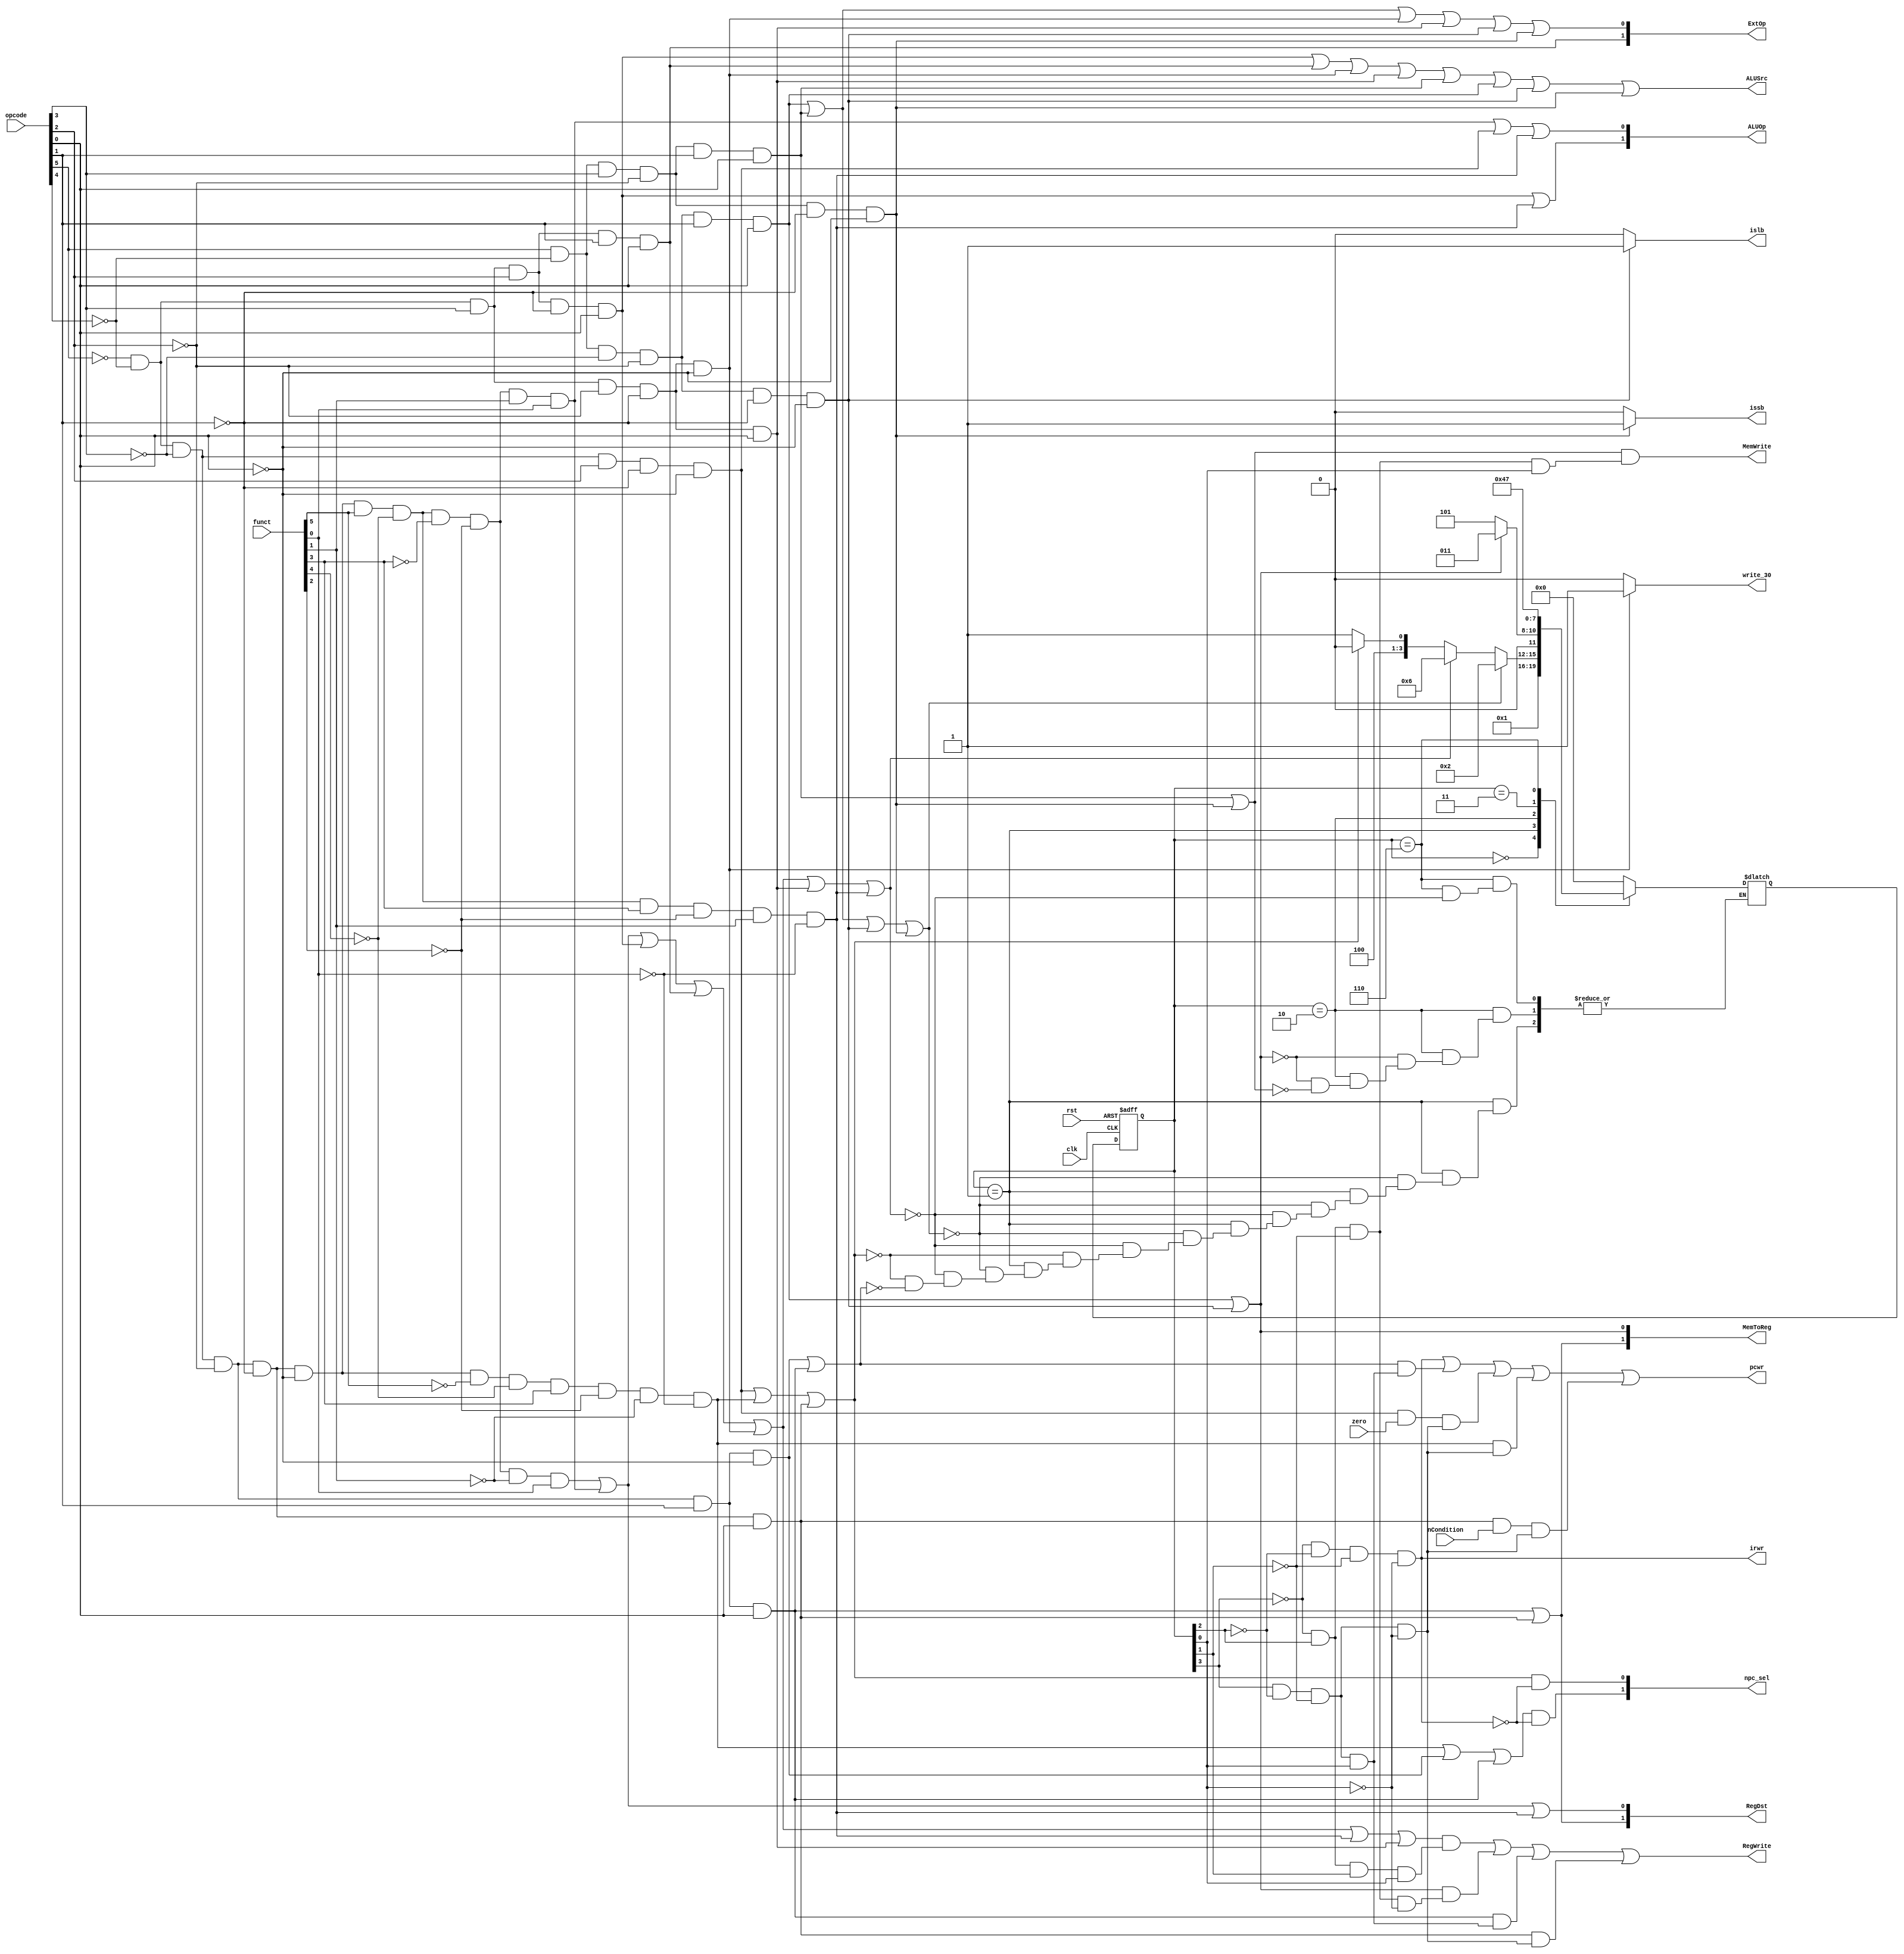
module controller(clk, rst, opcode, funct, zero, RegDst, RegWrite, ALUSrc, MemToReg, MemWrite, npc_sel, ALUOp, ExtOp, write_30, pcwr, irwr, islb, issb, nCondition);
  input clk, rst;
  input [5:0] opcode, funct;
  input zero;
  input nCondition;
  output [1:0] RegDst, MemToReg, npc_sel, ALUOp, ExtOp;
  output RegWrite, ALUSrc, MemWrite, write_30, pcwr, irwr;
  output islb, issb;
  
  parameter [3:0] S0 = 4'b0000;
  parameter [3:0] S1 = 4'b0001;
  parameter [3:0] S2 = 4'b0010;
  parameter [3:0] S3 = 4'b0011;
  parameter [3:0] S4 = 4'b0100;
  parameter [3:0] S5 = 4'b0101;
  parameter [3:0] S6 = 4'b0110;
  parameter [3:0] S7 = 4'b0111;
  parameter [3:0] S8 = 4'b1000;
  parameter [3:0] S9 = 4'b1001;
  // big and
  // funct[5] & funct[4] & funct[3] & funct[2] & funct[1] & funct[0];
  // opcode[5] & opcode[4] & opcode[3] & opcode[2] & opcode[1] & opcode[0];
  wire Rtype = ~opcode[5] & ~opcode[4] & ~opcode[3] & ~opcode[2] & ~opcode[1] & ~opcode[0];
  wire addu = Rtype & funct[5] & ~funct[4] & ~funct[3] & ~funct[2] & ~funct[1] & funct[0];
  wire subu = Rtype & funct[5] & ~funct[4] & ~funct[3] & ~funct[2] & funct[1] & funct[0];
  wire slt = Rtype & funct[5] & ~funct[4] & funct[3] & ~funct[2] & funct[1] & ~funct[0];
  wire jr = Rtype & ~funct[5] & ~funct[4] & funct[3] & ~funct[2] & ~funct[1] & ~funct[0];
  wire ori = ~opcode[5] & ~opcode[4] & opcode[3] & opcode[2] & ~opcode[1] & opcode[0];
  wire lw = opcode[5] & ~opcode[4] & ~opcode[3] & ~opcode[2] & opcode[1] & opcode[0];
  wire sw = opcode[5] & ~opcode[4] & opcode[3] & ~opcode[2] & opcode[1] & opcode[0];
  wire beq = ~opcode[5] & ~opcode[4] & ~opcode[3] & opcode[2] & ~opcode[1] & ~opcode[0];
  wire lui = ~opcode[5] & ~opcode[4] & opcode[3] & opcode[2] & opcode[1] & opcode[0];
  wire j = ~opcode[5] & ~opcode[4] & ~opcode[3] & ~opcode[2] & opcode[1] & ~opcode[0];
  wire addi = ~opcode[5] & ~opcode[4] & opcode[3] & ~opcode[2] & ~opcode[1] & ~opcode[0];
  wire addiu = ~opcode[5] & ~opcode[4] & opcode[3] & ~opcode[2] & ~opcode[1] & opcode[0];
  wire jal = ~opcode[5] & ~opcode[4] & ~opcode[3] & ~opcode[2] & opcode[1] & opcode[0];
  wire lb = opcode[5] & ~opcode[4] & ~opcode[3] & ~opcode[2] & ~opcode[1] & ~opcode[0];
  wire sb = opcode[5] & ~opcode[4] & opcode[3] & ~opcode[2] & ~opcode[1] & ~opcode[0];
  wire bltzal = ~opcode[5] & ~opcode[4] & ~opcode[3] & ~opcode[2] & ~opcode[1] & opcode[0];
  // fsm
  reg [3:0] cur_state, next_state;
  always@(posedge clk, posedge rst)
  begin
    if(rst)
      begin
        cur_state <= S0;
      end
    else
      begin
        cur_state <= next_state;
      end
  end
  
  always@(*)
  begin
    case(cur_state)
      S0:
        begin
          next_state = S1;
        end
      S1:
        begin
          if(lw | sw | lb | sb)
            begin
              next_state = S2;
            end
          else if(addu | subu | ori | lui | addi | addiu | slt) // Rtype or Itype
            begin
              next_state = S6;
            end
          else if(beq | jr | bltzal)
            begin
              next_state = S8;
            end
          else if(j | jal )
            begin
              next_state = S9;
            end
        end
      S2:
        begin
          if(lw | lb)
            begin
              next_state = S3;
            end
          else if(sw | sb)
            begin
              next_state = S5;
            end
        end
      S3:
        begin
          next_state = S4;
        end
      S4:
        begin
          next_state = S0;
        end
      S5:
        begin
          next_state = S0;
        end
      S6:
        begin
          if(addu | subu | ori | lui | addi | addiu | slt)
            begin
              next_state = S7;
            end
        end
      S7:
        begin
          next_state = S0;
        end
      S8:
        begin
          next_state = S0;
        end
      S9:
        begin
          next_state = S0;
        end
      default:
        begin
          next_state = S0;
        end
    endcase
  end
  // big or
  //output [1:0] RegDst, MemToReg, npc_sel, ALUOp, ExtOp;
  //output RegWrite, ALUSrc, MemWrite, write_30, pcwr, irwr, islb, issb;
  assign s0=(~cur_state[3])&(~cur_state[2])&(~cur_state[1])&(~cur_state[0]);
  assign s1=(~cur_state[3])&(~cur_state[2])&(~cur_state[1])&( cur_state[0]);
  assign s2=(~cur_state[3])&(~cur_state[2])&( cur_state[1])&(~cur_state[0]);
  assign s3=(~cur_state[3])&(~cur_state[2])&( cur_state[1])&( cur_state[0]);
  assign s4=(~cur_state[3])&( cur_state[2])&(~cur_state[1])&(~cur_state[0]);
  assign s5=(~cur_state[3])&( cur_state[2])&(~cur_state[1])&( cur_state[0]);
  assign s6=(~cur_state[3])&( cur_state[2])&( cur_state[1])&(~cur_state[0]);
  assign s7=(~cur_state[3])&( cur_state[2])&( cur_state[1])&( cur_state[0]);
  assign s8=( cur_state[3])&(~cur_state[2])&(~cur_state[1])&(~cur_state[0]);
  assign s9=( cur_state[3])&(~cur_state[2])&(~cur_state[1])&( cur_state[0]);
  //
  assign RegDst[1] = jal | bltzal;
  assign RegDst[0] = addu | subu | slt;
  assign MemToReg[1] = jal | bltzal;
  assign MemToReg[0] = lw | lb;
  assign npc_sel[1] = (jr | j | jal) & (~s0);
  assign npc_sel[0] = (beq | jr | bltzal) & (~s0);
  assign ALUOp[1] = ori | slt; 
  assign ALUOp[0] = subu | beq | slt; 
  assign ExtOp[1] = lui;
  assign ExtOp[0] = lw | sw | addi | addiu | lb | sb;
  assign RegWrite = ((addu | subu | ori | lui | addi | slt | addiu)&s7) | ((lw | lb)&s4) | (jal & s9) | (bltzal & s8);
  assign ALUSrc = ori | lui | addi | addiu | sw | lw | lb | sb;
  assign MemWrite = (sw | sb) & s5;
  assign write_30 = (addi == 1) ? 1:0;
  assign pcwr = s0 | ((j | jal)&s9) | ((beq&zero)&s8) | (jr & s8) | (bltzal & nCondition & s8);
  assign irwr = s0;
  assign islb = (lb==1)? 1:0;
  assign issb = (sb==1)? 1:0;
  
  

endmodule